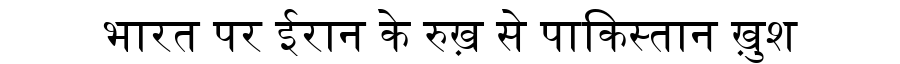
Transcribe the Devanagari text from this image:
भारत पर ईरान के रुख़ से पाकिस्तान ख़ुश